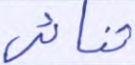
ثنائي